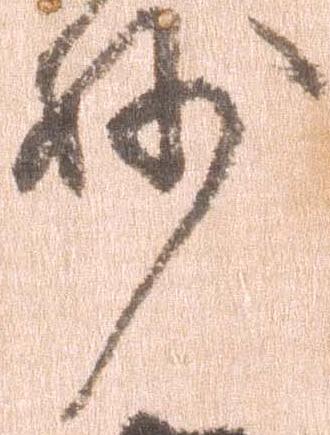
妙